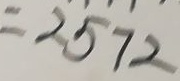
= 2 5 7 2